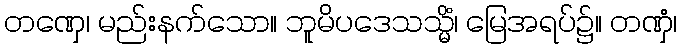
တဏှေ၊ မည်းနက်သော။ ဘူမိပဒေသသ္မိံ၊ မြေအရပ်၌။ တဏှံ၊